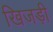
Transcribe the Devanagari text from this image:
खिजड़ी